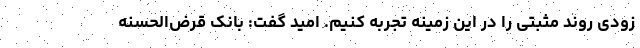
زودی روند مثبتی را در این زمینه تجربه کنیم. امید گفت: بانک قرض‌الحسنه